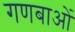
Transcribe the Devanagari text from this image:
गणबाओं